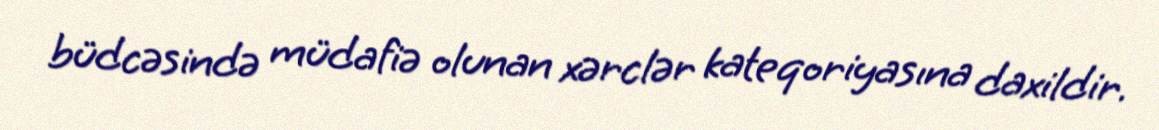
büdcəsində müdafiə olunan xərclər kateqoriyasına daxildir.